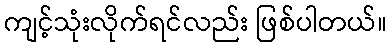
ကျင့်သုံးလိုက်ရင်လည်း ဖြစ်ပါတယ်။